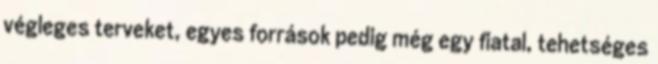
végleges terveket, egyes források pedig még egy fiatal, tehetséges